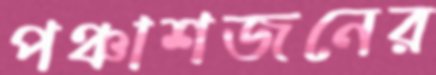
পঞ্চাশজনের